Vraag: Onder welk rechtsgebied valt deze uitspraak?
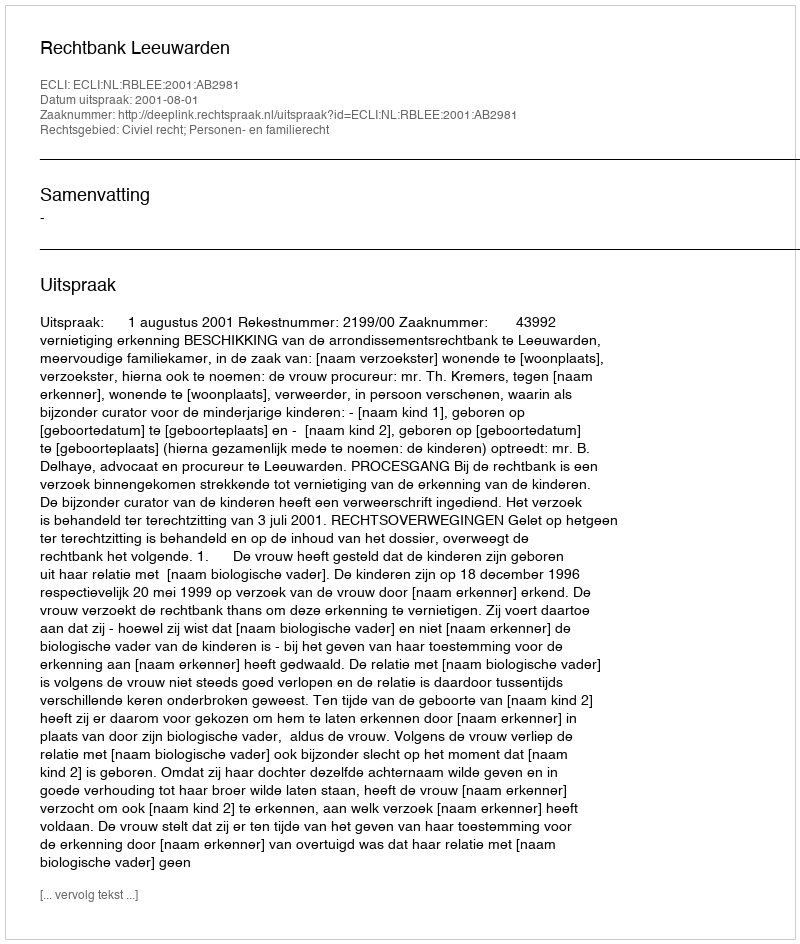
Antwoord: Civiel recht; Personen- en familierecht